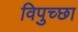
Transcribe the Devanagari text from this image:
विपुच्छा